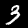
Digit: 3